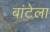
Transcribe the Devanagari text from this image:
बांटेला